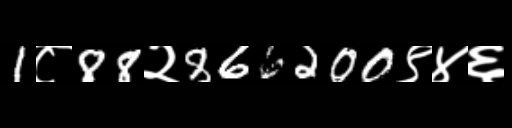
Text: 1८88२866200९४६